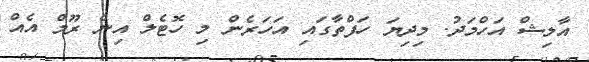
އާލިޝް އަހްމަދު. މިދިޔަ ހަފްތާގައި އަހަރެން މި ހޮޓެލް އިން ރޫމް އެއް